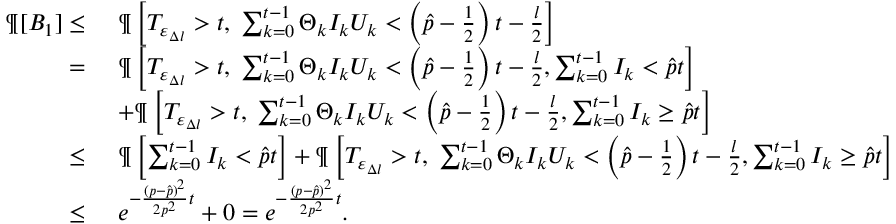
\begin{array} { r l } { \P [ B _ { 1 } ] \leq \ } & { \P \left[ T _ { \varepsilon _ { \Delta l } } > t , \; \sum _ { k = 0 } ^ { t - 1 } \Theta _ { k } I _ { k } U _ { k } < \left( \hat { p } - \frac 1 2 \right) t - \frac { l } { 2 } \right] } \\ { = \ } & { \P \left[ T _ { \varepsilon _ { \Delta l } } > t , \; \sum _ { k = 0 } ^ { t - 1 } \Theta _ { k } I _ { k } U _ { k } < \left( \hat { p } - \frac 1 2 \right) t - \frac { l } { 2 } , \sum _ { k = 0 } ^ { t - 1 } I _ { k } < \hat { p } t \right] } \\ & { + \P \left[ T _ { \varepsilon _ { \Delta l } } > t , \; \sum _ { k = 0 } ^ { t - 1 } \Theta _ { k } I _ { k } U _ { k } < \left( \hat { p } - \frac 1 2 \right) t - \frac { l } { 2 } , \sum _ { k = 0 } ^ { t - 1 } I _ { k } \geq \hat { p } t \right] } \\ { \leq \ } & { \P \left[ \sum _ { k = 0 } ^ { t - 1 } I _ { k } < \hat { p } t \right] + \P \left[ T _ { \varepsilon _ { \Delta l } } > t , \; \sum _ { k = 0 } ^ { t - 1 } \Theta _ { k } I _ { k } U _ { k } < \left( \hat { p } - \frac 1 2 \right) t - \frac { l } { 2 } , \sum _ { k = 0 } ^ { t - 1 } I _ { k } \geq \hat { p } t \right] } \\ { \leq \ } & { e ^ { - \frac { ( p - \hat { p } ) ^ { 2 } } { 2 p ^ { 2 } } t } + 0 = e ^ { - \frac { ( p - \hat { p } ) ^ { 2 } } { 2 p ^ { 2 } } t } . } \end{array}